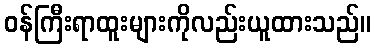
ဝန်ကြီးရာထူးများကိုလည်းယူထားသည်။